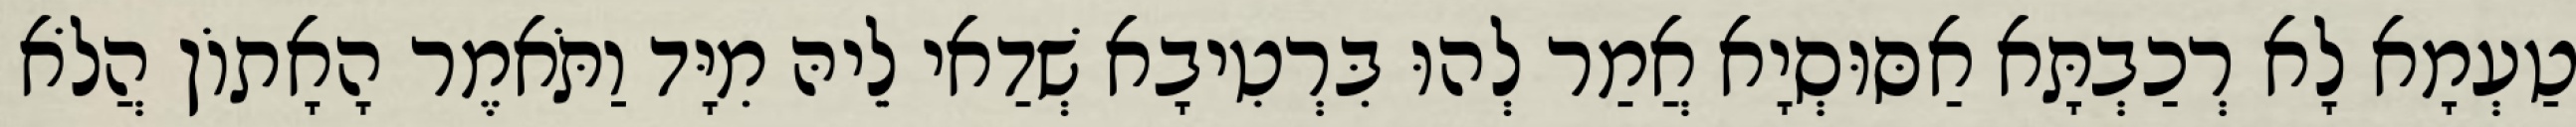
טַעְמָא לָא רְכַבְתָּא אַסּוּסְיָא אֲמַר לְהוּ בִּרְטִיבָא שְׁדַאי לֵיהּ מִיָּד וַתֹּאמֶר הָאָתוֹן הֲלֹא